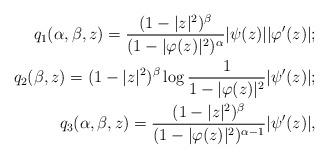
LaTeX: \begin{align*}q_1(\alpha,\beta,z)=\frac{(1-|z|^2)^{\beta}}{(1-|\varphi(z)|^2)^{\alpha}} |\psi(z)||\varphi'(z)|;\\q_2(\beta,z)=(1-|z|^2)^{\beta} \log \frac{1}{1-|\varphi(z)|^2} |\psi'(z)|;\\q_3(\alpha,\beta,z)=\frac{(1-|z|^2)^{\beta}}{(1-|\varphi(z)|^2)^{\alpha -1}} |\psi'(z)|,\end{align*}